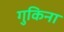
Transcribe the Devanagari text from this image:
गुकिना